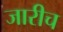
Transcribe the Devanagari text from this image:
जारीच